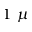
1 ~ \mu